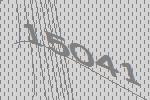
15041